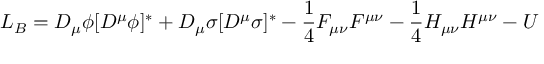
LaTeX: { \cal L } _ { B } = D _ { \mu } \phi [ D ^ { \mu } \phi ] ^ { * } + D _ { \mu } \sigma [ D ^ { \mu } \sigma ] ^ { * } - \frac { 1 } { 4 } F _ { \mu \nu } F ^ { \mu \nu } - \frac { 1 } { 4 } H _ { \mu \nu } H ^ { \mu \nu } - U